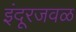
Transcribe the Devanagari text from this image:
इंदूरजवळ